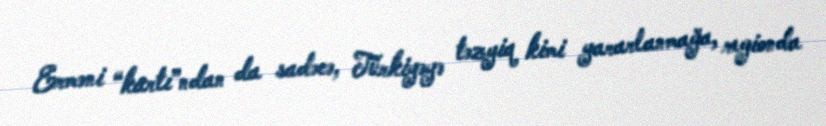
Erməni “kartı”ndan da sadəcə, Türkiyəyə təzyiq kimi yararlanmağa, regionda